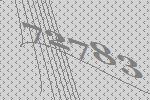
72783